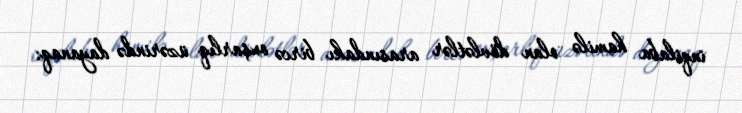
inqilaba hamilə olan dövlətlər arasındakı bircə oxşarlıq üzərində dayanaq: